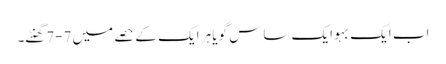
اب ایک بہو ایک ساس گویا ہر ایک کے حصے میں 7-7گھنٹے۔